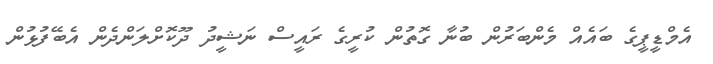
އެމްޑީޕީގެ ބައެއް މެންބަރުން ބުނާ ގޮތުން ކުރީގެ ރައީސް ނަޝީދު ދޫކޮށްލަންދެން އެބޭފުޅުން